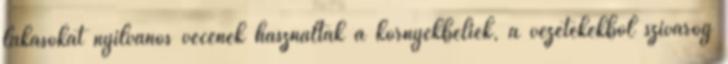
lakásokat nyilvános vécének használták a környékbeliek, a vezetékekből szivárog